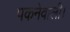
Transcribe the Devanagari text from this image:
पकनेवाली।